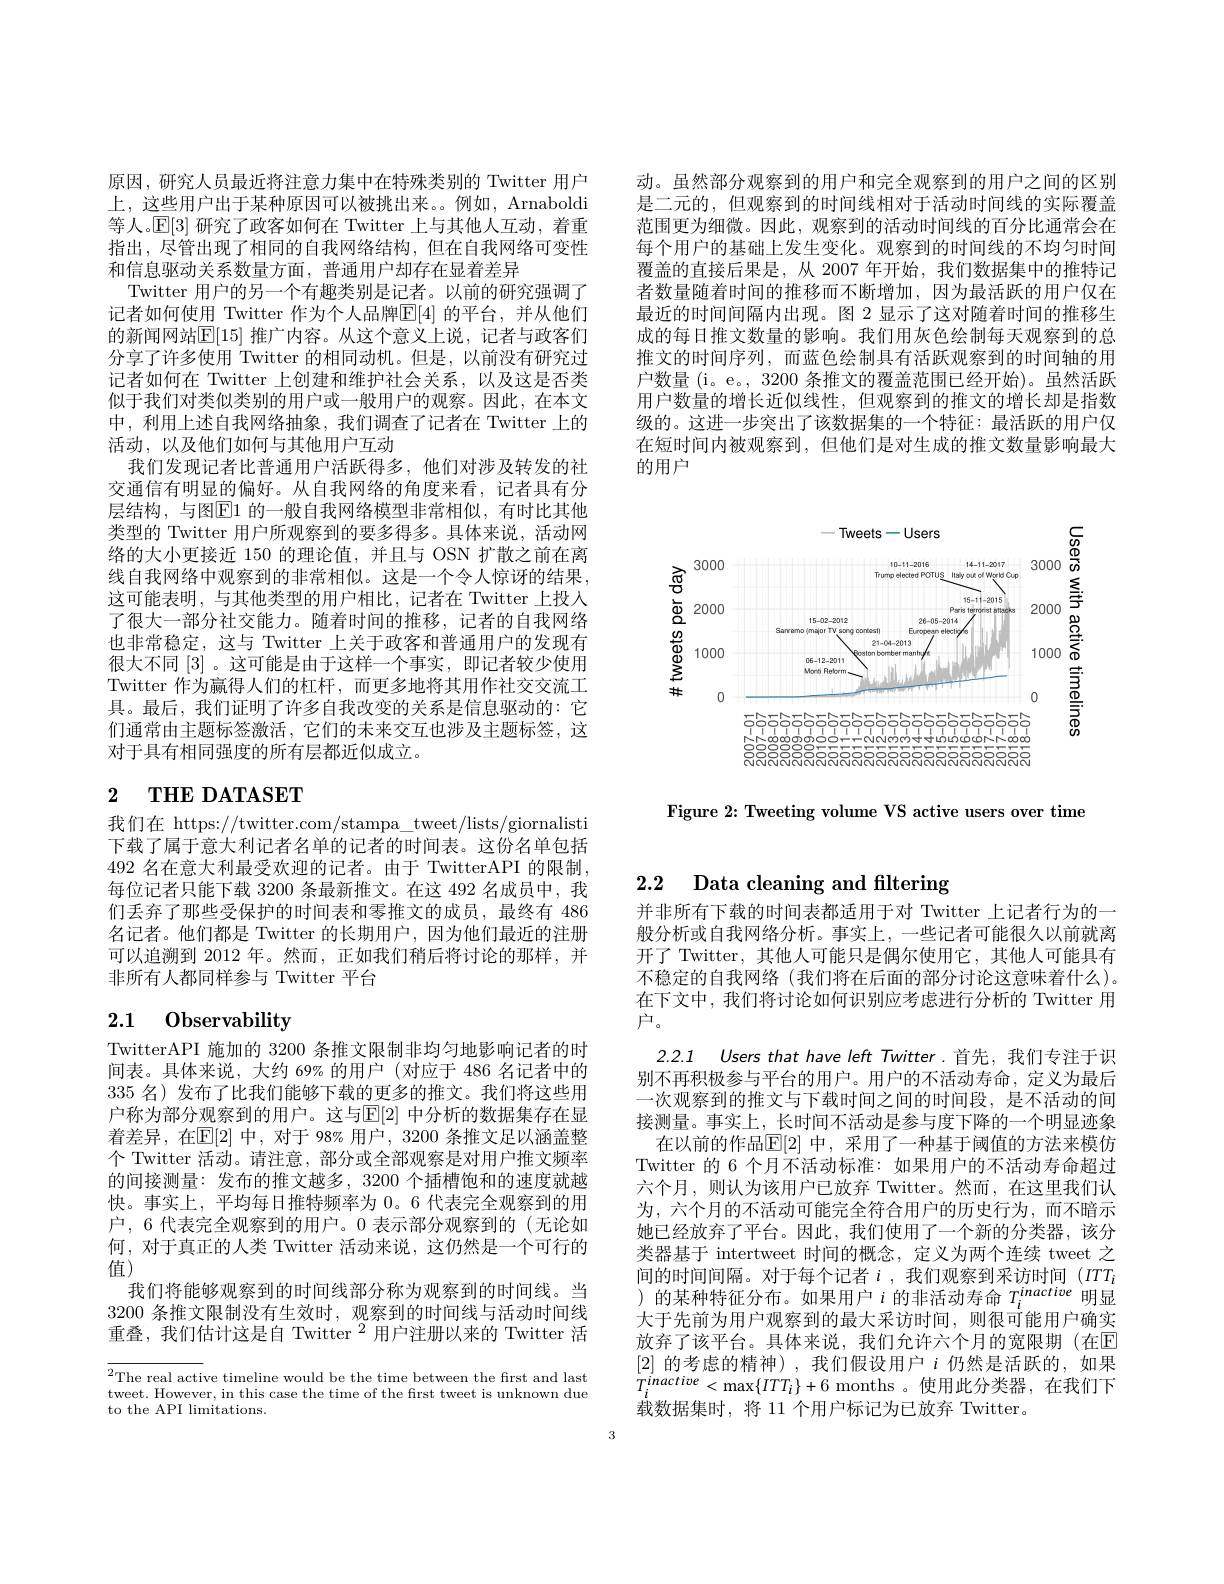
原因，研究人员最近将注意力集中在特殊类别的 Twitter 用户上，这些用户出于某种原因可以被挑出来。例如，Arnaboldi 等人。$\mathbb{E}[3]$研究了政客如何在 Twitter 上与其他人互动，着重指出，尽管出现了相同的自我网络结构，但在自我网络可变性和信息驱动关系数量方面，普通用户却存在显着差异
Twitter 用户的另一个有趣类别是记者。以前的研究强调了记者如何使用 Twitter 作为个人品牌$\overline{\mathbb{E}}[4]$ 的平台，并从他们的新闻网站$\overline{\mathbb{E}}[15]$ 推广内容。从这个意义上说，记者与政客们分享了许多使用 Twitter 的相同动机。但是，以前没有研究过记者如何在 Twitter 上创建和维护社会关系，以及这是否类似于我们对类似类别的用户或一般用户的观察。因此，在本文中，利用上述自我网络抽象，我们调查了记者在 Twitter 上的活动，以及他们如何与其他用户互动
我们发现记者比普通用户活跃得多，他们对涉及转发的社交通信有明显的偏好。从自我网络的角度来看，记者具有分层结构，与图$\overline{\mathrm{E}}1$ 的一般自我网络模型非常相似，有时比其他类型的 Twitter 用户所观察到的要多得多。具体来说，活动网络的大小更接近 150 的理论值，并且与 OSN 扩散之前在离线自我网络中观察到的非常相似。这是一个令人惊讶的结果， 这可能表明，与其他类型的用户相比，记者在 Twitter 上投入了很大一部分社交能力。随着时间的推移，记者的自我网络也非常稳定，这与 Twitter 上关于政客和普通用户的发现有很大不同[3]。这可能是由于这样一个事实，即记者较少使用Twitter 作为赢得人们的杠杆，而更多地将其用作社交交流工具。最后，我们证明了许多自我改变的关系是信息驱动的：它们通常由主题标签激活，它们的未来交互也涉及主题标签，这对于具有相同强度的所有层都近似成立。

# $_{\mathbf{2} }$ $\mathbf{THE}$ DATASET

我们在 https://twitter.com/stampa\_tweet/lists/giornalisti 下载了属于意大利记者名单的记者的时间表。这份名单包括492名在意大利最受欢迎的记者。由于 TwitterAPI 的限制， 每位记者只能下载 3200 条最新推文。在这 492 名成员中，我们丢弃了那些受保护的时间表和零推文的成员，最终有 486名记者。他们都是 Twitter 的长期用户，因为他们最近的注册可以追溯到 2012 年。然而，正如我们稍后将讨论的那样，并非所有人都同样参与 Twitter 平台

# 2.1 0bservability

TwitterAPI 施加的 3200 条推文限制非均匀地影响记者的时间表。具体来说，大约 69% 的用户 (对应于 486 名记者中的335名)发布了比我们能够下载的更多的推文。我们将这些用户称为部分观察到的用户。这与$\mathbb{E}[2]$ 中分析的数据集存在显着差异，在$\mathbb{E}[2]$ 中，对于 98% 用户，3200 条推文足以涵盖整个 Twitter 活动。请注意，部分或全部观察是对用户推文频率的间接测量：发布的推文越多，3200 个插槽饱和的速度就越快。事实上，平均每日推特频率为0。6 代表完全观察到的用户，6 代表完全观察到的用户。0 表示部分观察到的(无论如何，对于真正的人类 Twitter 活动来说，这仍然是一个可行的值)
我们将能够观察到的时间线部分称为观察到的时间线。当3200 条推文限制没有生效时，观察到的时间线与活动时间线重叠，我们估计这是自 Twitter $^2$用户注册以来的 Twitter 活

${^2\text{The real active timeline would be the time between the first and last}}$ tweet. However, in this case the time of the first tweet is unknown due to the API limitations.

动。虽然部分观察到的用户和完全观察到的用户之间的区别是二元的，但观察到的时间线相对于活动时间线的实际覆盖范围更为细微。因此，观察到的活动时间线的百分比通常会在每个用户的基础上发生变化。观察到的时间线的不均匀时间覆盖的直接后果是，从 2007 年开始，我们数据集中的推特记者数量随着时间的推移而不断增加，因为最活跃的用户仅在最近的时间间隔内出现。图 2 显示了这对随着时间的推移生成的每日推文数量的影响。我们用灰色绘制每天观察到的总推文的时间序列，而蓝色绘制具有活跃观察到的时间轴的用户数量( i。e。, 3200 条 推 文 的 覆 盖 范 围 已 经 开 始 ) 。虽 然 活 跃 用户数量的增长近似线性，但观察到的推文的增长却是指数级的。这进一步突出了该数据集的一个特征：最活跃的用户仅在短时间内被观察到，但他们是对生成的推文数量影响最大的用户

<FigureHere>

Figure 2: Tweeting volume VS active users over time

# 2.2 Data cleaning and filtering

并非所有下载的时间表都适用于对 Twitter 上记者行为的一般分析或自我网络分析。事实上，一些记者可能很久以前就离开了 Twitter,其他人可能只是偶尔使用它，其他人可能具有不稳定的自我网络(我们将在后面的部分讨论这意味着什么)。在下文中，我们将讨论如何识别应考虑进行分析的 Twitter 用户。
2.2.1 Users that have left Twitter.首先，我们专注于识别不再积极参与平台的用户。用户的不活动寿命，定义为最后一次观察到的推文与下载时间之间的时间段，是不活动的间接测量。事实上，长时间不活动是参与度下降的一个明显迹象
在以前的作品$\mathbb{E}[2]$ 中，采用了一种基于阈值的方法来模仿Twitter 的 6 个月不活动标准：如果用户的不活动寿命超过六个月，则认为该用户已放弃 Twitter。然而，在这里我们认为，六个月的不活动可能完全符合用户的历史行为，而不暗示她已经放弃了平台。因此，我们使用了一个新的分类器，该分类器基于 intertweet 时间的概念，定义为两个连续 tweet 之间的时间间隔。对于每个记者$i$ ,我们观察到采访时间$(ITT_i$ )的某种特征分布。如果用户$i$的非活动寿命$T_i^inactive$明显大于先前为用户观察到的最大采访时间，则很可能用户确实放弃了该平台。具体来说，我们允许六个月的宽限期 (在$\mathbb{E}$ [2]的考虑的精神),我们假设用户$i$仍然是活跃的，如果$T_{i}^{inactive}<\max\{ITT_{i}\}+6$ months 。使用此分类器，在我们下载数据集时，将 11 个用户标记为已放弃 Twitter。